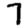
Digit: 7